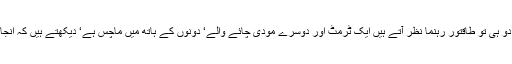
اس وقت دنیا میں دو ہی تو طاقتور رہنما نظر آتے ہیں ایک ٹرمٹ اور دوسرے مودی چائے والے‘ دونوں کے ہاتھ میں ماچس ہے‘ دیکھتے ہیں کہ انجامِ گلستاں کیا ہوگا۔